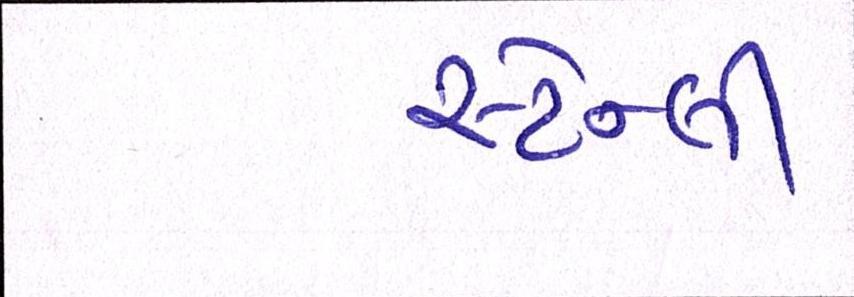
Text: સ્ટેન્લી